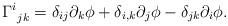
LaTeX: \begin{align*} \Gamma^i_{\: \: jk} = \delta_{ij} \partial_k \phi + \delta_{i,k} \partial_j \phi- \delta_{jk} \partial_i \phi.\end{align*}